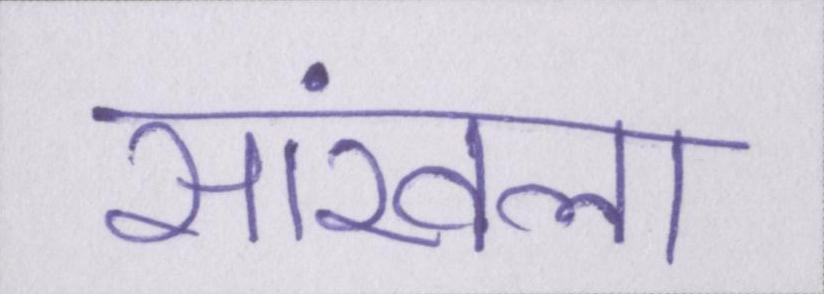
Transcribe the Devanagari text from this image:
सांखला